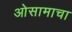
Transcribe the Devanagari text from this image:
ओसामाचा